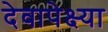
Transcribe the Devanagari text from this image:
देवापेक्ष्या